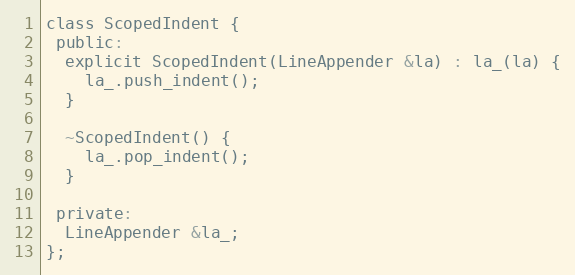
Language: C
class ScopedIndent {
 public:
  explicit ScopedIndent(LineAppender &la) : la_(la) {
    la_.push_indent();
  }

  ~ScopedIndent() {
    la_.pop_indent();
  }

 private:
  LineAppender &la_;
};